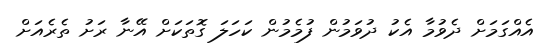
އެއްގަމަށް ދެވުމާ އެކު ދުވަމުން ފުމެމުން ކަހަލަ ގޮތަކަށް އޭނާ ރަށު ތެރެއަށް